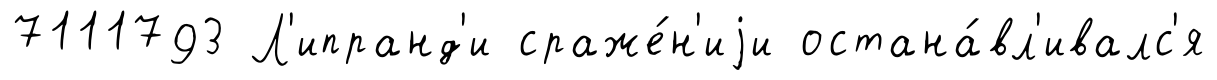
7111793 Л'ипранд'и сраже́н'иjи остана́вл'ивалс'я